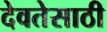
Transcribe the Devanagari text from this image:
देवतेसाठी